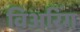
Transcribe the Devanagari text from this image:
विअरिंग